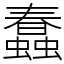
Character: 蠢